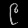
Digit: ၉